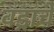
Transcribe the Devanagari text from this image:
वड्राचे